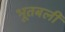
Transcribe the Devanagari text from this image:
भूतबली